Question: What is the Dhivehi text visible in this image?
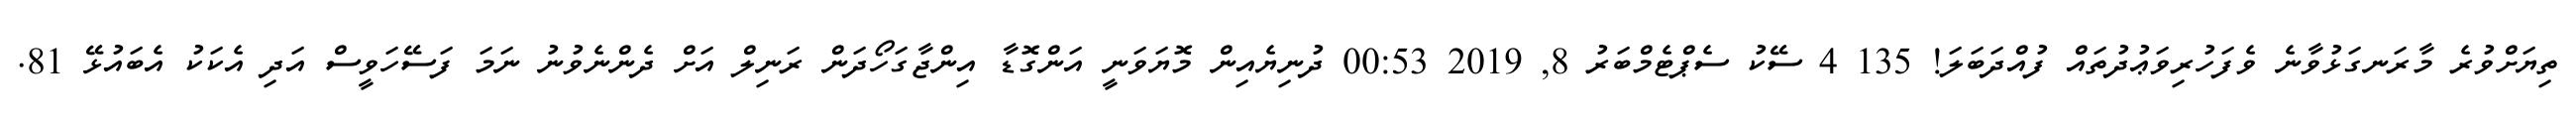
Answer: ތިޔަށްވުރެ މާރަނގަޅުވާނެ ވެފަހުރިވަޢުދުތައް ފުއްދަބަލަ! 135 4 ސޭކު ސެޕްޓެމްބަރު 8, 2019 00:53 ދުނިޔެއިން މޮޔަވަނީ އަންގޮޑާ އިންޖާގަހޯދަން ރަނިލް އަށް ދެންނެވުނު ނަމަ ފަސޭހަވީސް އަދި އެކަކު އެބައުޅޭ 81.